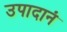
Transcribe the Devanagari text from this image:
उपादानं